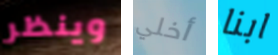
وينظر أخلي ابنا